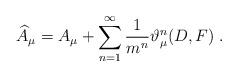
LaTeX: \begin{align*}\widehat{A}_\mu =A_\mu +\sum_{n=1}^\infty \frac 1{m^n}\vartheta _\mu^n(D,F)\;. \end{align*}